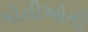
મોતીઓની